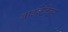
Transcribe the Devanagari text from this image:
बाइज़ेंटियम